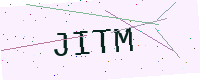
Text: JITM